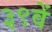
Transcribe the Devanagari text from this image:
३९वें